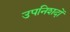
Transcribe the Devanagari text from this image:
उपनिशदों